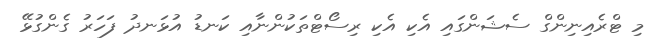
މި ޓްރެއިނިންގް ސެޝަންގައި އެކި އެކި ރިސޯޓްތަކުންނާއި ކަނޑު އުޅަނދު ފަހަރު ގެންގުޅޭ